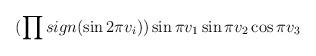
LaTeX: \begin{align*}(\prod sign(\sin2\pi v_i))\sin \pi v_1 \sin \pi v_2 \cos \pi v_3\end{align*}